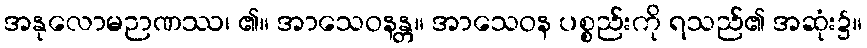
အနုလောမဉာဏဿ၊ ၏။ အာသေဝနန္တ။ အာသေဝန ပစ္စည်းကို ရသည်၏ အဆုံး၌။